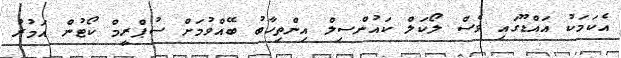
އެކަމަކު އައްޑޫގައި ވެސް ލޯކަލް ކައުންސިލް އިންތިހާބު ބޭއްވުމަށް ސުޕްރީމް ކޯޓުން އަމުރު